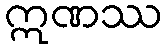
ဣဏဿ